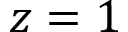
z = 1